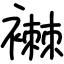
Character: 襋